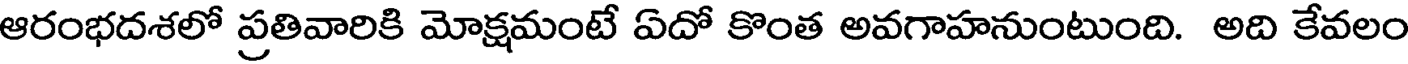
ఆరంభదశలో ప్రతివారికి మోక్షమంటే ఏదో కొంత అవగాహనుంటుంది. అది కేవలం